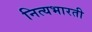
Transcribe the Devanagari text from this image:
नित्यभारती